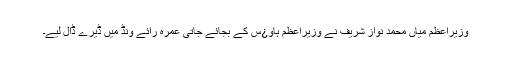
وزیراعظم میاں محمد نواز شریف نے وزیراعظم ہاو¿س کے بجائے جاتی عمرہ رائے ونڈ میں ڈیرے ڈال لیے۔